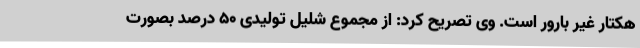
هکتار غیر بارور است. وی تصریح کرد: از مجموع شلیل تولیدی 50 درصد بصورت